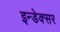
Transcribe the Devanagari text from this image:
इन्डेक्सर